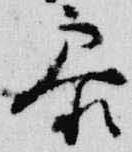
参